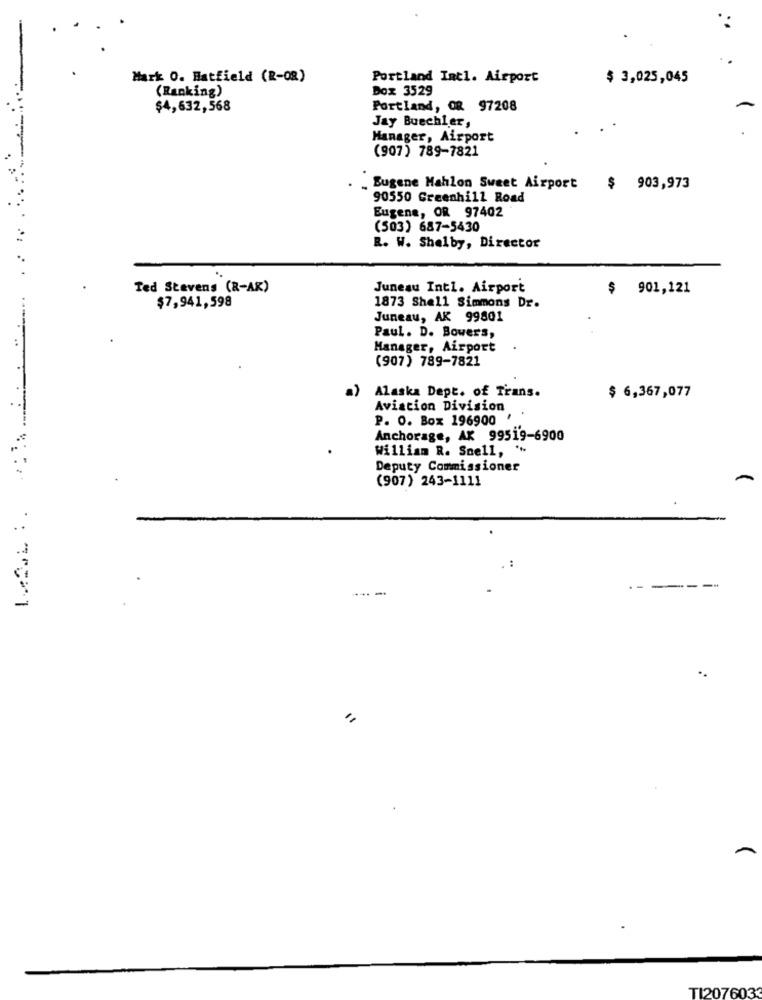
Mark O. Hatfield (R-OR)
Portland Intl. Airport
$ 3,025,045
(Ranking)
Dox 3529
$4,632,568
Portland, OR 97208
Jay Buechler,
Manager, Airport
(907) 789-7821
Eugene Mahlon Sweet Airport
$ 903,973
90550 Greenhill Road
Eugene, OR 97402
(503) 687-5430
R. W. Shelby, Director
Ted Stevens (R-AR)
Juneau Intl. Airport
$ 901,121
$7,941,598
1873 Shell Simmons Dr.
Juneau, AK 99801
Paul. D. Bowers,
......
Manager, Airport
(907) 789-7821
a)
Alaska Dept. of Trans.
$ 6,367,077
Aviation Division
P. O. Box 196900 '
Anchorage, AK 99519-6900
William R. Snell,
Deputy Commissioner
(907) 243-1111
-----.
TI207603